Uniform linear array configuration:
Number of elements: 24
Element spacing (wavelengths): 0.5
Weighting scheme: uniform
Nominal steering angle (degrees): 60
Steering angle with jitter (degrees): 59.569
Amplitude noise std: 0.05
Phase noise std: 0.05

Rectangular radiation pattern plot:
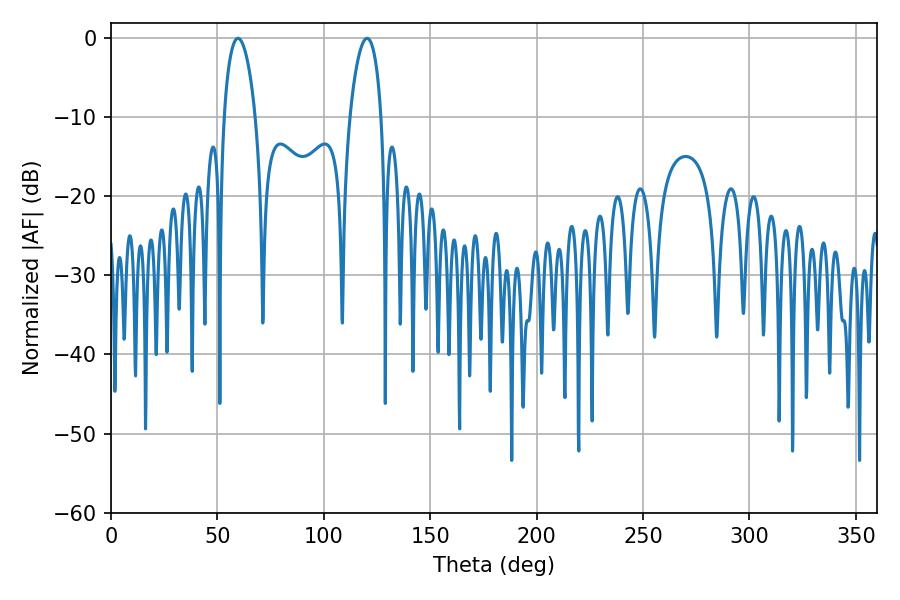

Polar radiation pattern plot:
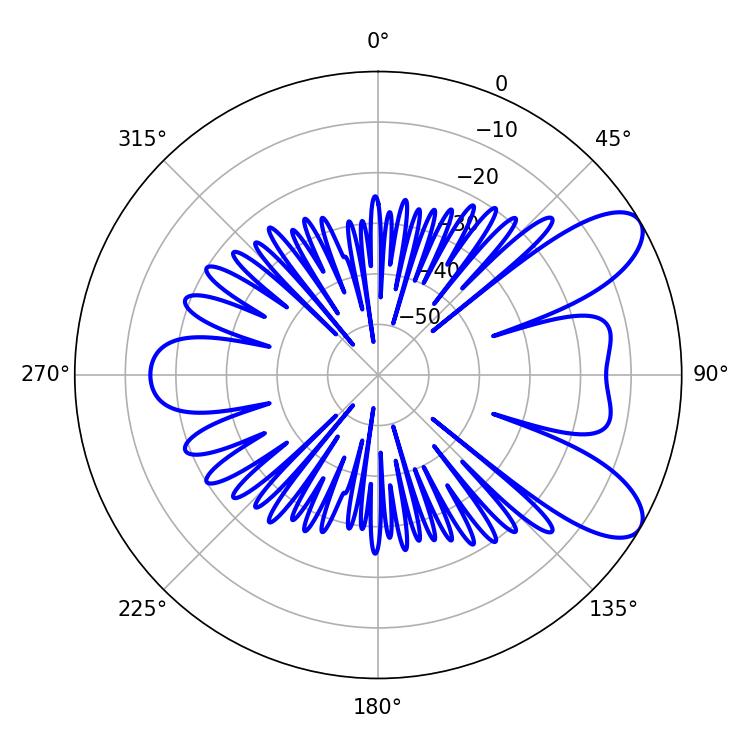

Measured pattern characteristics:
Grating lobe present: FALSE
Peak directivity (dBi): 8.564
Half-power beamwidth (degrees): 8.28
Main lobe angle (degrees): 59.58